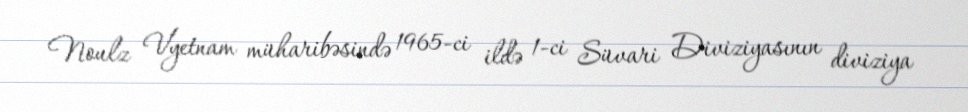
Noulz Vyetnam müharibəsində 1965-ci ildə 1-ci Süvari Diviziyasının diviziya